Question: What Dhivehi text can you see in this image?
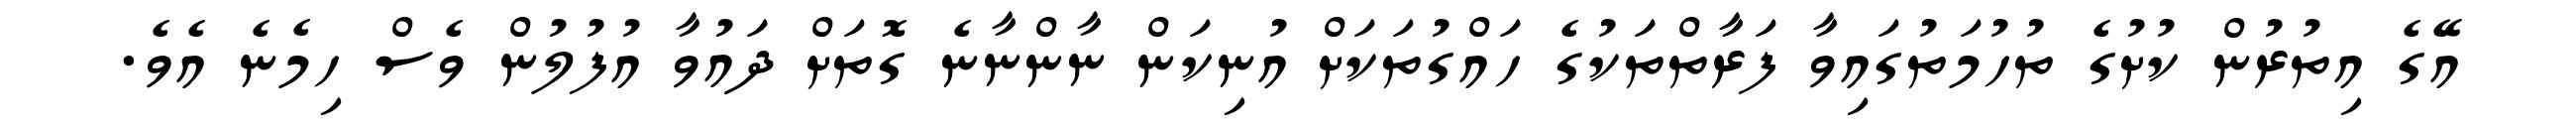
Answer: އޭގެ އިތުރުން ކުށުގެ ތުހުމަތުގައިވާ ފަރާތްތަކުގެ ހައްގުތަކަށް އުނިކަން ނާންނާނެ ގޮތަށް ދައުވާ އުފުލުން ވެސް ހިމެނެ އެވެ.